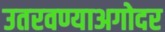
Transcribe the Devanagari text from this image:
उतरवण्याअगोदर